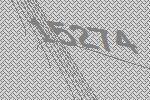
15274